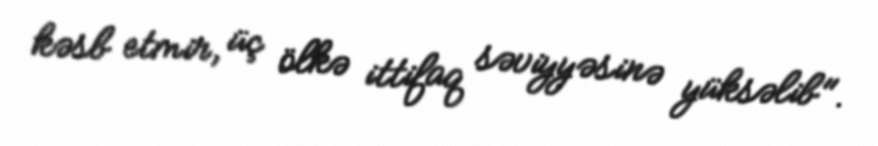
kəsb etmir, üç ölkə ittifaq səviyyəsinə yüksəlib".